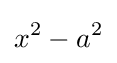
x^{2}-a^{2}\,\!